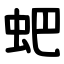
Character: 蚆